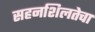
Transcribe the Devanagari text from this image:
सहनशिलतेचा